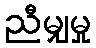
ညီမျှမှု